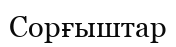
Сорғыштар